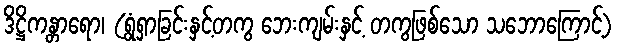
ဒိဋ္ဌိကန္တာရော၊ (ရွံရှာခြင်းနှင့်တကွ ဘေးကျမ်းနှင့် တကွဖြစ်သော သဘောကြောင့်)